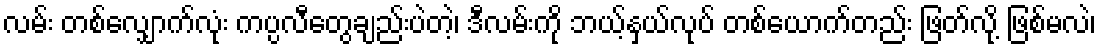
လမ်း တစ်လျှောက်လုံး ကပ္ပလီတွေချည်းပဲတဲ့၊ ဒီလမ်းကို ဘယ့်နှယ်လုပ် တစ်ယောက်တည်း ဖြတ်လို့ ဖြစ်မလဲ၊